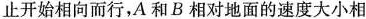
止开始相向而行，A 和 B 相对地面的速度大小相